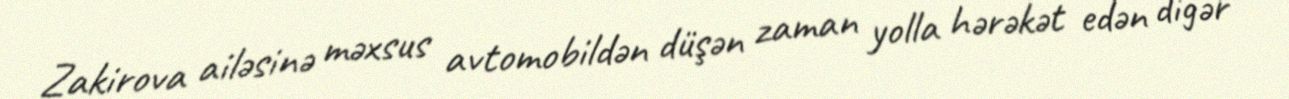
Zakirova ailəsinə məxsus avtomobildən düşən zaman yolla hərəkət edən digər